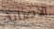
الاصابة